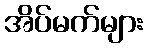
အိပ်မက်များ